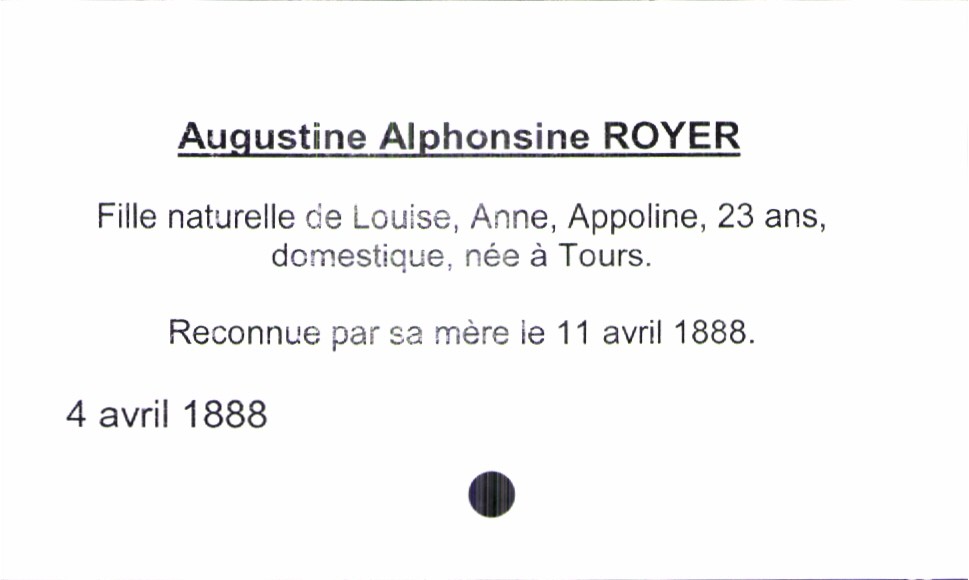
type_acte: Baptême
observations: Reconnue par sa mère le 11 avril 1888
filiation: fille
enfant_prénom: Augustine Alphonsine
enfant_date_de_naissance: 4 avril 1888
mère_enfant_nom: Royer
mère_enfant_prénom: Louis, Anne, Appoline
mère_enfant_âge: 23 ans
mère_enfant_profession: domestique
mère_enfant_lieu_de_naissance: Tours